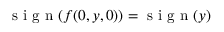
\textnormal { s i g n } ( f ( 0 , y , 0 ) ) = \textnormal { s i g n } ( y )